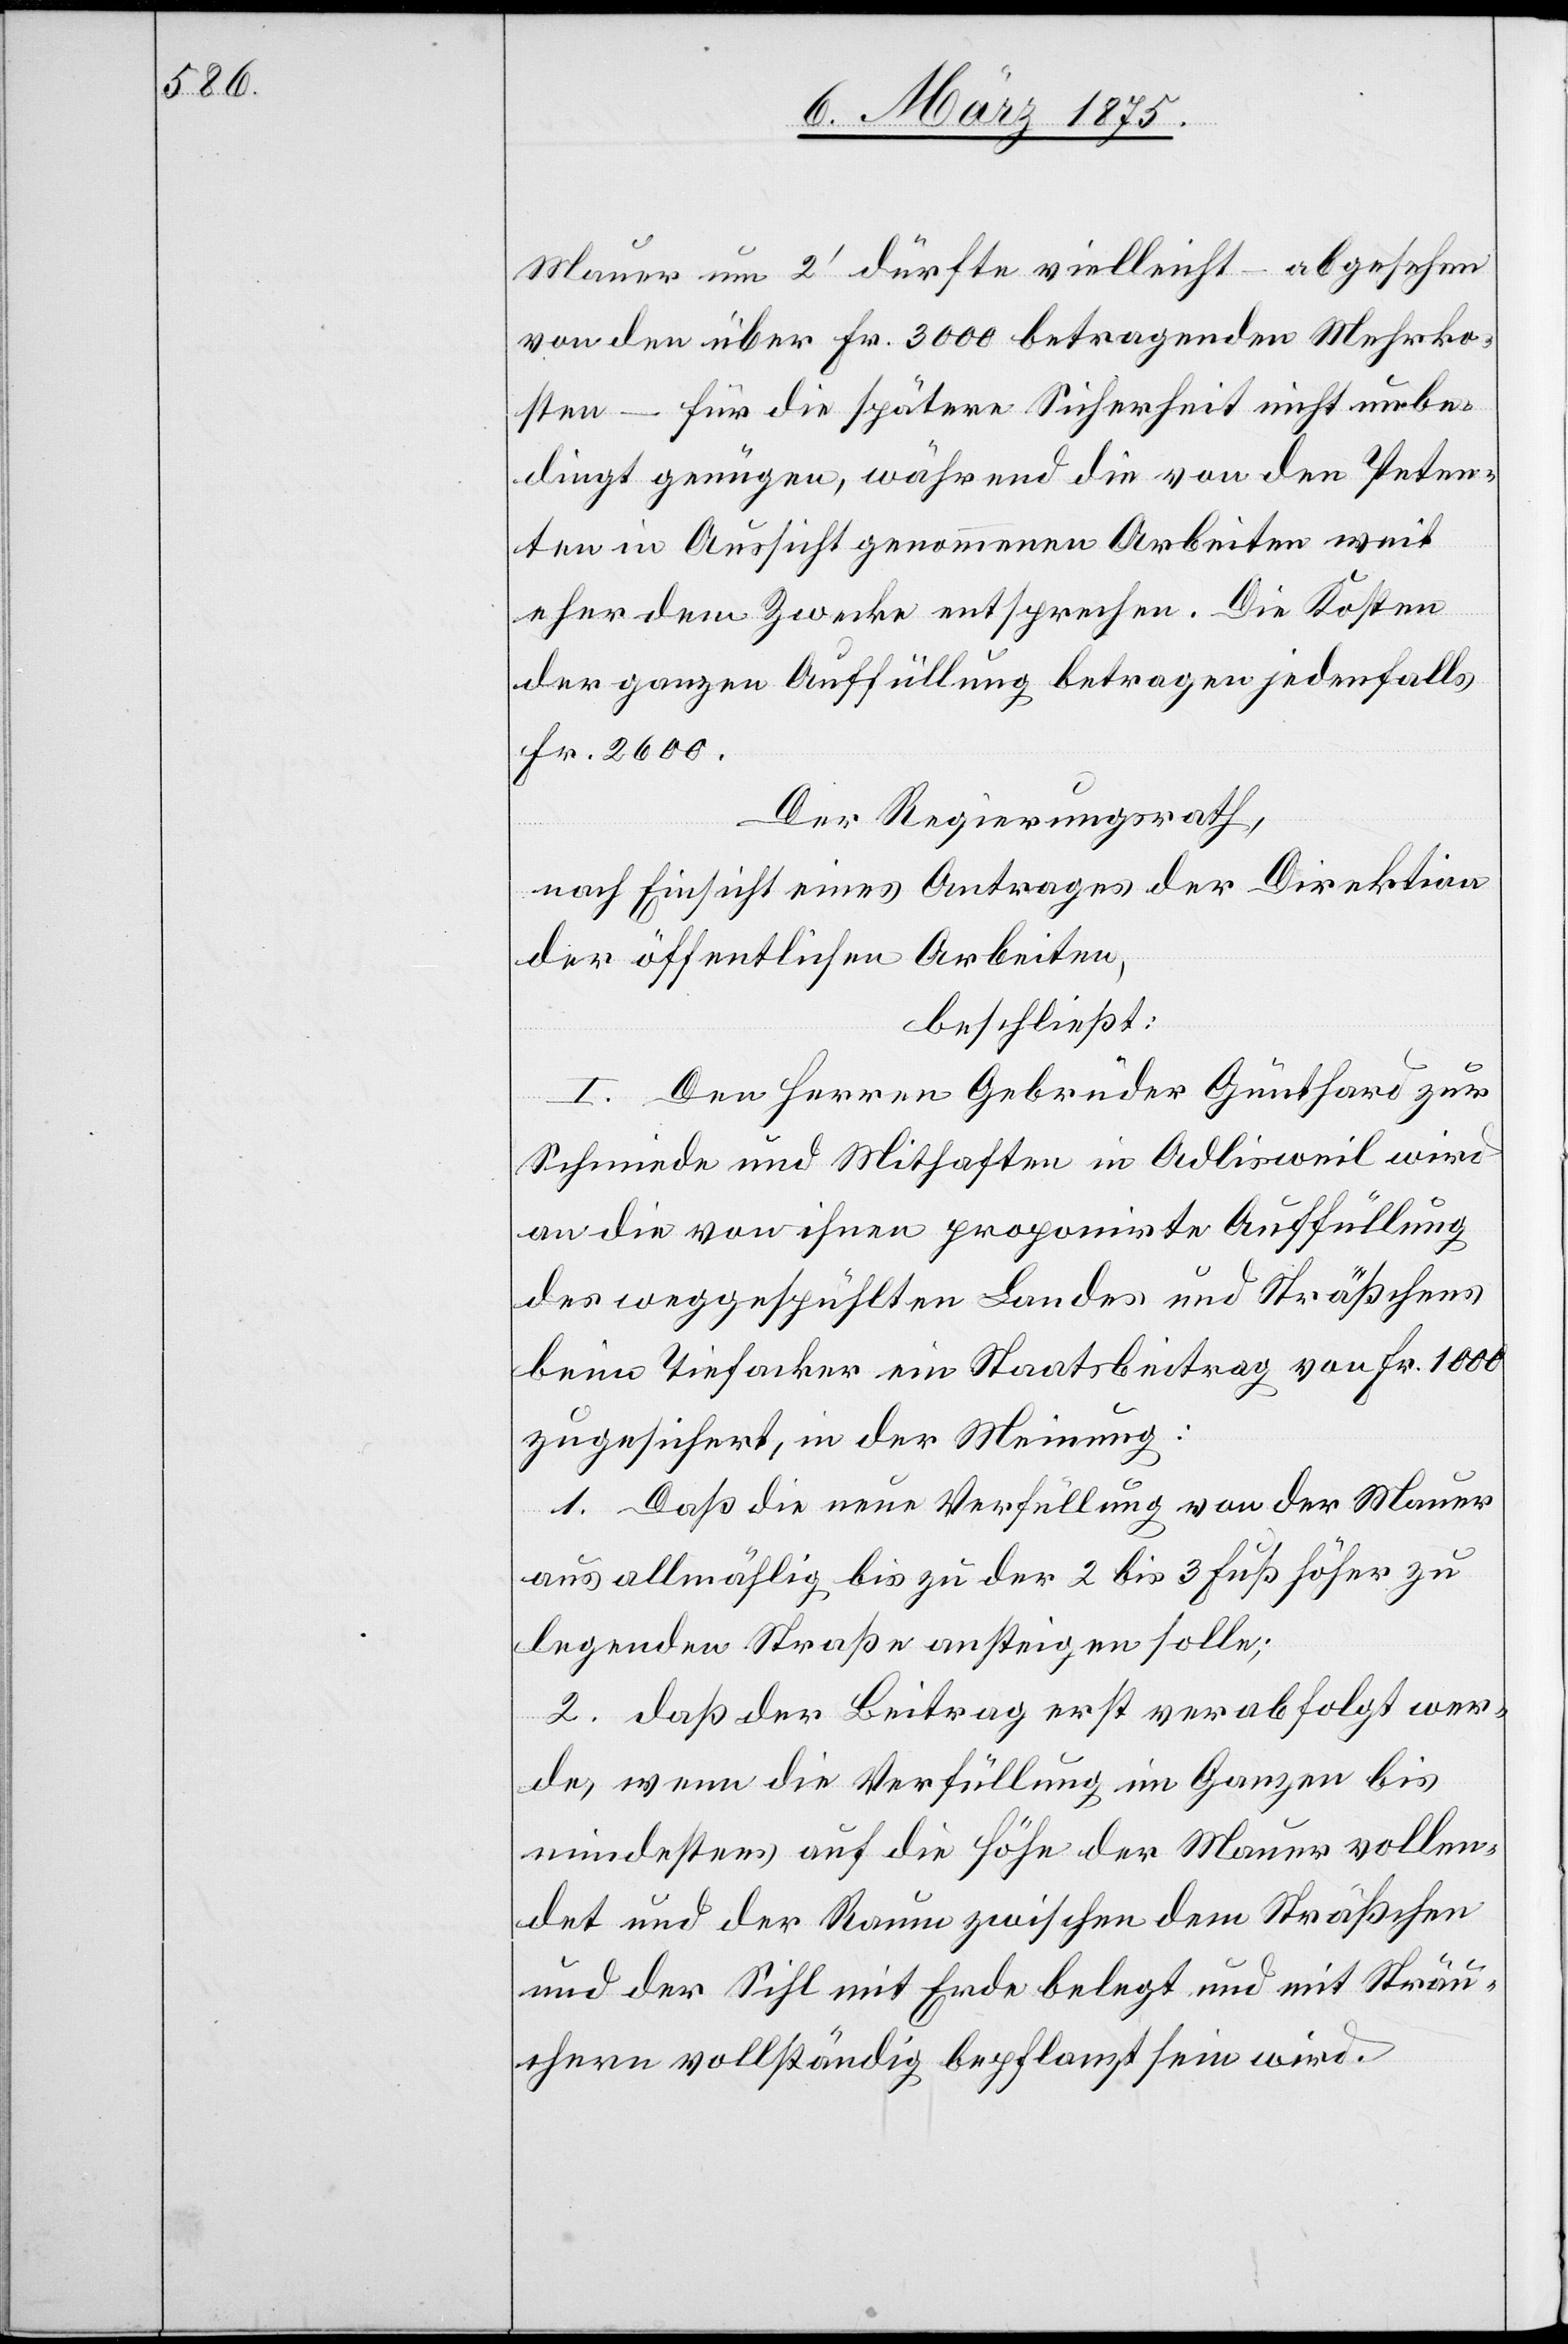
Mauer um 2‘ dürfte vielleicht – abgesehen
von den über Fr. 3000 betragenden Mehrko¬
sten – für die spätere Sicherheit nicht unbe¬
dingt genügen, während die von den Peten¬
ten in Aussicht genommenen Arbeiten weit
eher dem Zwecke entsprechen. Die Kosten
der ganzen Auffüllung betragen jedenfalls
Fr. 2600.
Der Regierungsrath,
nach Einsicht eines Antrages der Direktion
der öffentlichen Arbeiten,
beschließt:
I. Den Herren Gebrüder Günthard zur
Schmiede und Mithaften in Adlisweil wird
an die von ihnen proponirte Auffüllung
des weggespühlten Landes und Sträßchens
beim Tiefacker ein Staatsbeitrag von Fr. 1000
zugesichert, in der Meinung:
1. Daß die neue Verfüllung von der Mauer
aus allmählig bis zu der 2 bis 3 Fuß höher zu
legenden Straße ansteigen solle;
2. daß der Beitrag erst verabfolgt wer¬
de, wenn die Verfüllung im Ganzen bis
mindestens auf die Höhe der Mauer vollen¬
det und der Raum zwischen dem Sträßchen
und der Sihl mit Erde belegt und mit Sträu¬
chern vollständig bepflanzt sein wird.